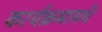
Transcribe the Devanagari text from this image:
कार्यक्रमामधे